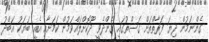
ގެންނަމުން ދިޔަ ފަރާތްތަށް ގަސްތުގައި ގެންދެވީ ދޫކޮށްލައްވަމުން ކަމަށާއި އެއީ ބަަޔަކު އަބްދު